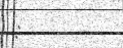
: